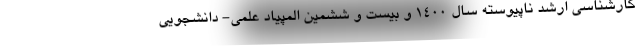
کارشناسی ارشد ناپیوسته سال ۱۴۰۰ و بیست و ششمین المپیاد علمی- دانشجویی